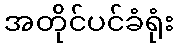
အတိုင်ပင်ခံရုံး